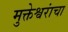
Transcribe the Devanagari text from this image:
मुक्तेश्वरांचा